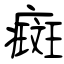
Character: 癍